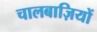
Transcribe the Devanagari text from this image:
चालबाज़ियों